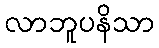
လာဘူပနိသာ